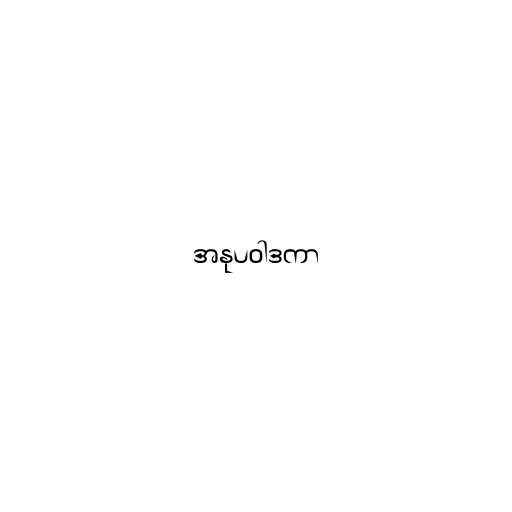
အနုပဝါဒကာ